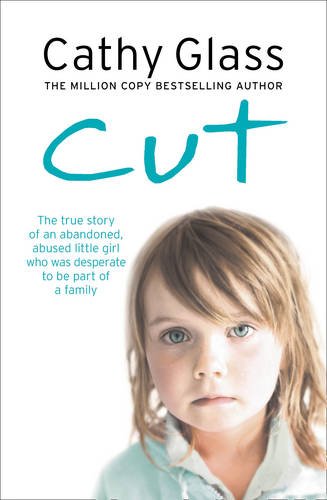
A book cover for Cut: The true story of an abandoned, abused little girl who was desperate to be part of a family; Cathy Glass; Parenting & Relationships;